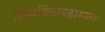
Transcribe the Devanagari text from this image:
शिष्यवित्तापहारकाः